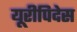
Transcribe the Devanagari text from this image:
यूरीपिदेस